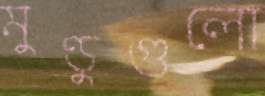
মুণ্ডুগুলো